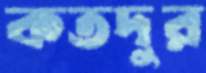
কতদুর